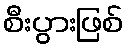
စီးပွားဖြစ်